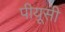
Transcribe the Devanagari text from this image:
पीयूसी